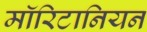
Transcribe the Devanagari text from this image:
मॉरिटानियन